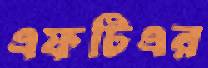
এফটিএর